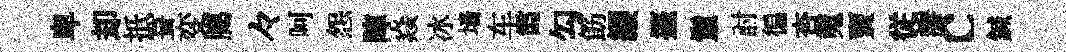
卑却扺葺变臈々呵怨陣焱冰墙车霞勾筯纓擡鬛討徧杏䰟𧶠従瓣c鍼